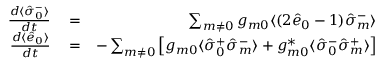
\begin{array} { r l r } { \frac { d \langle \hat { \sigma } _ { 0 } ^ { - } \rangle } { d t } } & { { } = } & { \sum _ { m \neq 0 } g _ { m 0 } \langle ( 2 \hat { e } _ { 0 } - 1 ) \hat { \sigma } _ { m } ^ { - } \rangle } \\ { \frac { d \langle \hat { e } _ { 0 } \rangle } { d t } } & { { } = } & { - \sum _ { m \neq 0 } \left[ g _ { m 0 } \langle \hat { \sigma } _ { 0 } ^ { + } \hat { \sigma } _ { m } ^ { - } \rangle + g _ { m 0 } ^ { * } \langle \hat { \sigma } _ { 0 } ^ { - } \hat { \sigma } _ { m } ^ { + } \rangle \right] } \end{array}